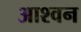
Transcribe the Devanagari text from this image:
आश्वन